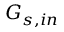
G _ { s , i n }